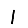
Digit: 1